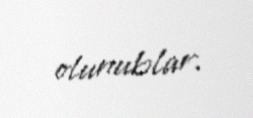
olunublar.